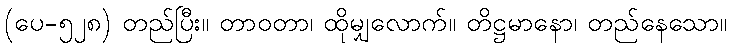
(ပေ-၅၂၈) တည်ပြီး။ တာဝတာ၊ ထိုမျှလောက်။ တိဋ္ဌမာနော၊ တည်နေသော။